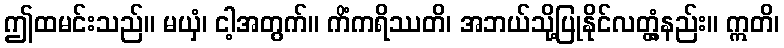
ဤထမင်းသည်။ မယှံ၊ ငါ့အတွက်။ ကိံကရိဿတိ၊ အဘယ်သို့ပြုနိုင်လတ္တံ့နည်း။ ဣတိ၊